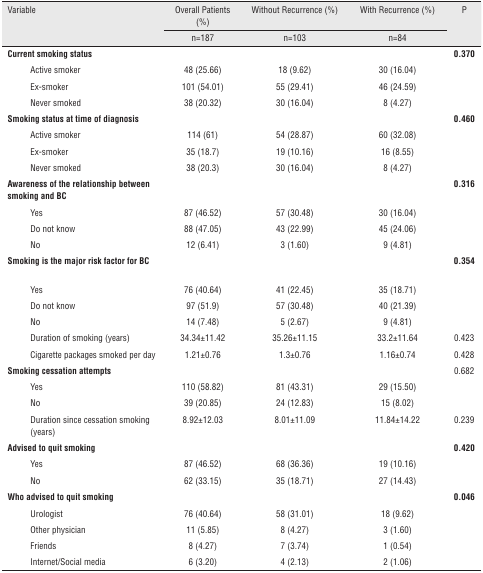
<table><thead><tr><td rowspan="3"><b>Variable</b></td><td><b>Overall Patients (%)</b></td><td><b>Without Recurrence (%)</b></td><td><b>With Recurrence (%)</b></td><td rowspan="3"><b>P</b></td></tr><tr><td><b>n=187</b></td><td><b>n=103</b></td><td><b>n=84</b></td></tr></thead><tbody><tr><td><b>Current smoking status</b></td><td> </td><td> </td><td> </td><td><b>0.370</b></td></tr><tr><td>Active smoker</td><td>48 (25.66)</td><td>18 (9.62)</td><td>30 (16.04)</td><td> </td></tr><tr><td>Ex-smoker</td><td>101 (54.01)</td><td>55 (29.41)</td><td>46 (24.59)</td><td> </td></tr><tr><td>Never smoked</td><td>38 (20.32)</td><td>30 (16.04)</td><td>8 (4.27)</td><td> </td></tr><tr><td><b>Smoking status at time of diagnosis</b></td><td> </td><td> </td><td> </td><td><b>0.460</b></td></tr><tr><td>Active smoker</td><td>114 (61)</td><td>54 (28.87)</td><td>60 (32.08)</td><td> </td></tr><tr><td>Ex-smoker</td><td>35 (18.7)</td><td>19 (10.16)</td><td>16 (8.55)</td><td> </td></tr><tr><td>Never smoked</td><td>38 (20.3)</td><td>30 (16.04)</td><td>8 (4.27)</td><td> </td></tr><tr><td><b>Awareness of the relationship between smoking and BC</b></td><td> </td><td> </td><td> </td><td><b>0.316</b></td></tr><tr><td>Yes</td><td>87 (46.52)</td><td>57 (30.48)</td><td>30 (16.04)</td><td> </td></tr><tr><td>Do not know</td><td>88 (47.05)</td><td>43 (22.99)</td><td>45 (24.06)</td><td> </td></tr><tr><td>No</td><td>12 (6.41)</td><td>3 (1.60)</td><td>9 (4.81)</td><td> </td></tr><tr><td><b>Smoking is the major risk factor for BC</b></td><td> </td><td> </td><td> </td><td><b>0.354</b></td></tr><tr><td>Yes</td><td>76 (40.64)</td><td>41 (22.45)</td><td>35 (18.71)</td><td> </td></tr><tr><td>Do not know</td><td>97 (51.9)</td><td>57 (30.48)</td><td>40 (21.39)</td><td> </td></tr><tr><td>No</td><td>14 (7.48)</td><td>5 (2.67)</td><td>9 (4.81)</td><td> </td></tr><tr><td>Duration of smoking (years)</td><td>34.34±11.42</td><td>35.26±11.15</td><td>33.2±11.64</td><td>0.423</td></tr><tr><td>Cigarette packages smoked per day</td><td>1.21±0.76</td><td>1.3±0.76</td><td>1.16±0.74</td><td>0.428</td></tr><tr><td><b>Smoking cessation attempts</b></td><td> </td><td> </td><td> </td><td>0.682</td></tr><tr><td>Yes</td><td>110 (58.82)</td><td>81 (43.31)</td><td>29 (15.50)</td><td> </td></tr><tr><td>No</td><td>39 (20.85)</td><td>24 (12.83)</td><td>15 (8.02)</td><td> </td></tr><tr><td>Duration since cessation smoking (years)</td><td>8.92±12.03</td><td>8.01±11.09</td><td>11.84±14.22</td><td>0.239</td></tr><tr><td><b>Advised to quit smoking</b></td><td> </td><td> </td><td> </td><td><b>0.420</b></td></tr><tr><td>Yes</td><td>87 (46.52)</td><td>68 (36.36)</td><td>19 (10.16)</td><td> </td></tr><tr><td>No</td><td>62 (33.15)</td><td>35 (18.71)</td><td>27 (14.43)</td><td> </td></tr><tr><td><b>Who advised to quit smoking</b></td><td> </td><td> </td><td> </td><td><b>0.046</b></td></tr><tr><td>Urologist</td><td>76 (40.64)</td><td>58 (31.01)</td><td>18 (9.62)</td><td> </td></tr><tr><td>Other physician</td><td>11 (5.85)</td><td>8 (4.27)</td><td>3 (1.60)</td><td> </td></tr><tr><td>Friends</td><td>8 (4.27)</td><td>7 (3.74)</td><td>1 (0.54)</td><td> </td></tr><tr><td>Internet/Social media</td><td>6 (3.20)</td><td>4 (2.13)</td><td>2 (1.06)</td><td> </td></tr></tbody></table>